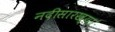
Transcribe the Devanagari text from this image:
नदीसारख्या